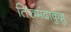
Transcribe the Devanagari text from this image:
तिरुमंदाकुन्नु